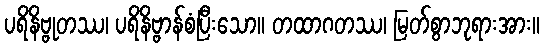
ပရိနိဗ္ဗုတဿ၊ ပရိနိဗ္ဗာန်စံပြီးသော။ တထာဂတဿ၊ မြတ်စွာဘုရားအား။